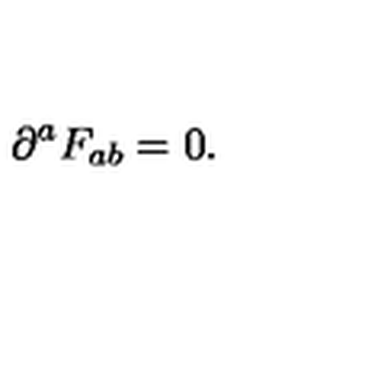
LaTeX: \partial ^ { a } F _ { a b } = 0 . \qquad